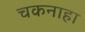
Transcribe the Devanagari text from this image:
चकनाहा